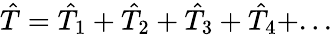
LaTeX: \hat{T}=\hat{T}_{1}+\hat{T}_{2}+\hat{T}_{3}+\hat{T}_{4}+...